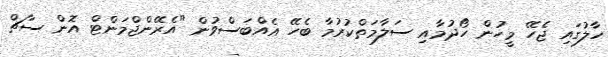
ހާލުގައި ޖެހޭ މީހުން ހޯދުމާއި ސަލާމަތްކުރުމާ ބެހޭ އެއްބަސްވުން "އެރޭންޖްމަންޓް އޮން ސާޗް